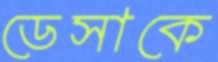
ডেসাকে